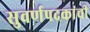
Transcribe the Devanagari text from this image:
सुवर्णपदकांची